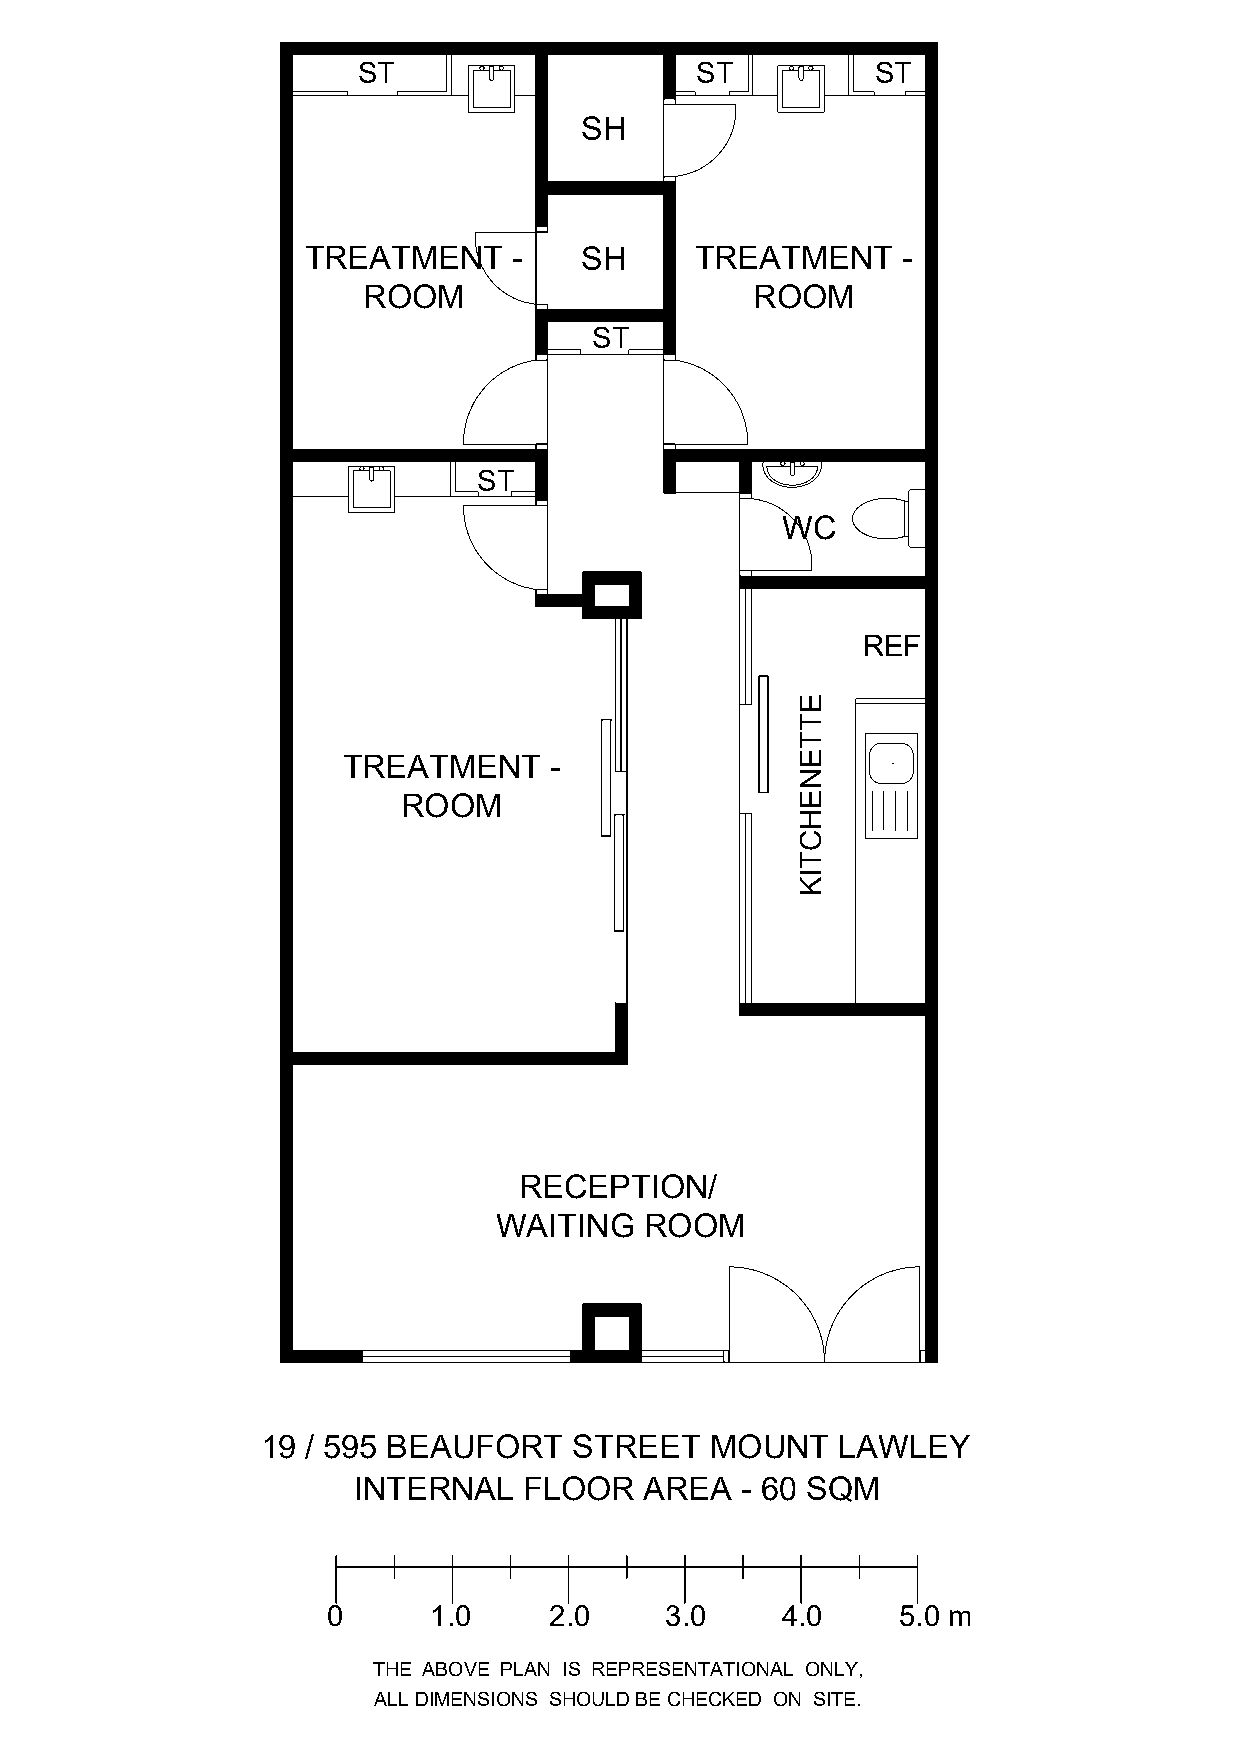
ST                    ST          ST
 SH
 TREATMENT     -   SH      TREATMENT     -
 ROOM                      ROOM
 ST
 ST
 WC
 REF
 TREATMENT    -
 ROOM
 RECEPTION
 WAITING   ROOM
 19  595 BEAUFORT    STREET   MOUNT    LAWLEY
 INTERNAL    FLOOR   AREA  - 60 SQM
 0     1.0     2.0     3.0     4.0     5.0 m
 THE ABOVE PLAN IS REPRESENTATIONAL ONLY,
 ALL DIMENSIONS SHOULD BE CHECKED ON SITE.
 ETTENEHCTIK